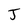
Character: J